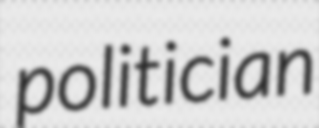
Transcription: politician